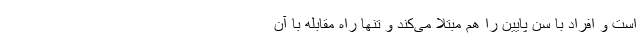
است و افراد با سن پایین را هم مبتلا می‌کند و تنها راه مقابله با آن